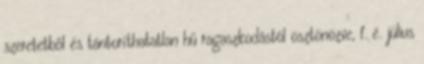
szeretetből és tántoríthatatlan hű ragaszkodástól ösztönözve, f. é. július